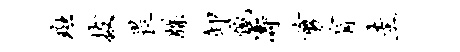
斑拔畏牒卸憾涛剪肓圭